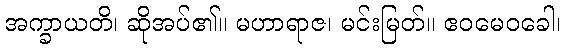
အက္ခာယတိ၊ ဆိုအပ်၏။ မဟာရာဇ၊ မင်းမြတ်။ ဧဝမေဝခေါ၊